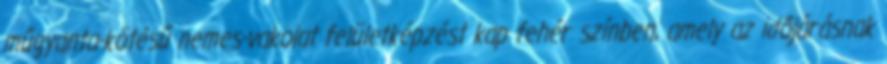
műgyanta-kötésű nemes-vakolat felületképzést kap fehér színben, amely az időjárásnak